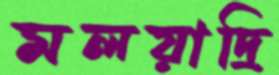
মলয়াদ্রি